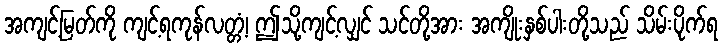
အကျင့်မြတ်ကို ကျင့်ရကုန်လတ္တံ့၊ ဤသို့ကျင့်လျှင် သင်တို့အား အကျိုးနှစ်ပါးတို့သည် သိမ်းပိုက်ရ